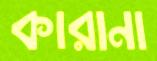
কারানা